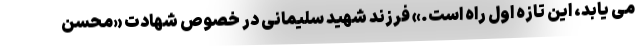
می یابد، این تازه اول راه است.» فرزند شهید سلیمانی در خصوص شهادت «محسن